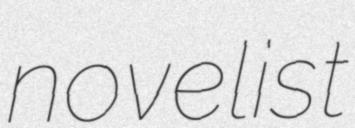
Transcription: novelist